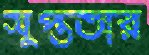
সুপ্ততার